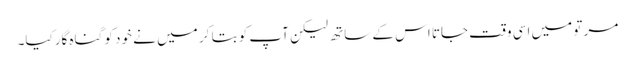
مر تو میں اسی وقت جاتا اس کے ساتھ لیکن آپ کو بتا کر میں نے خود کو گناہ گارکیا۔